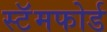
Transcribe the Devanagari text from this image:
स्टॅमफोर्ड